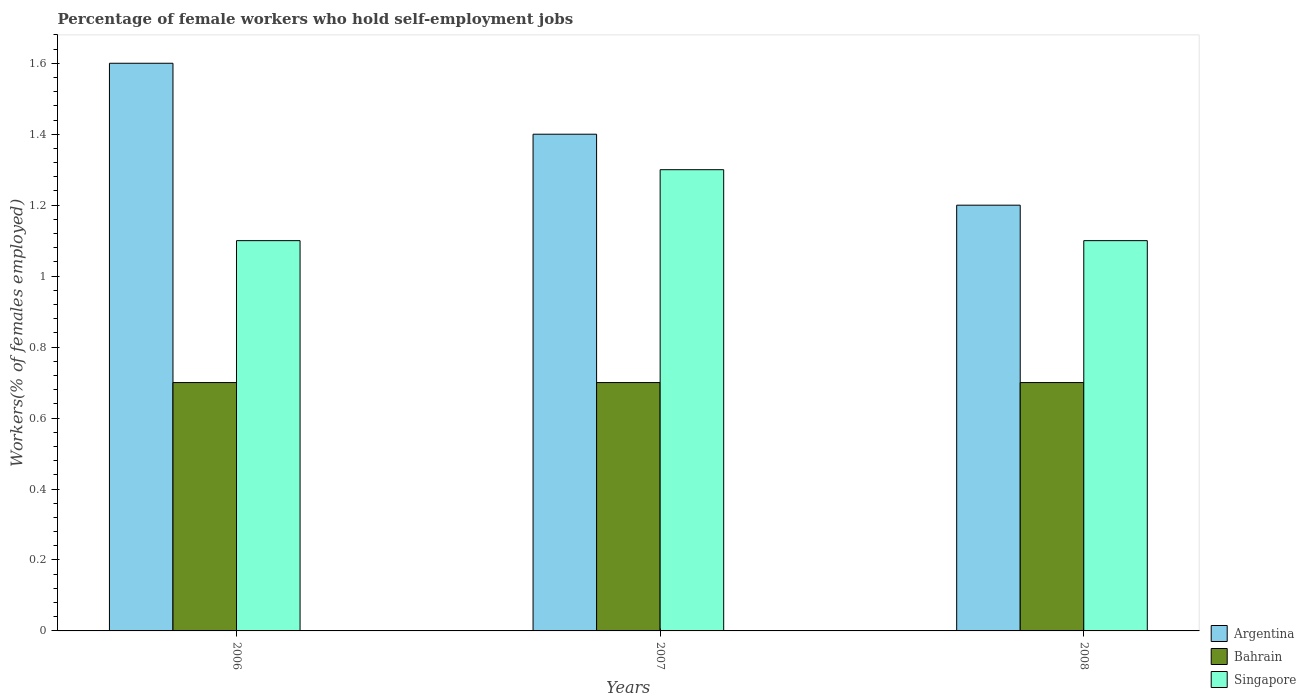
| Years | Argentina | Bahrain | Singapore |
 | --- | --- | --- | --- |
 | 2006 | 1.6 | 0.7 | 1.1 |
 | 2007 | 1.4 | 0.7 | 1.3 |
 | 2008 | 1.2 | 0.7 | 1.1 |